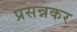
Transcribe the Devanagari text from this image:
प्रसन्नकर